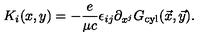
K _ { i } ( x , y ) = - { \frac { e } { \mu c } } \epsilon _ { i j } \partial _ { x ^ { j } } G _ { \mathrm { c y l } } ( \vec { x } , \vec { y } ) .